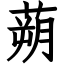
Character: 蒴